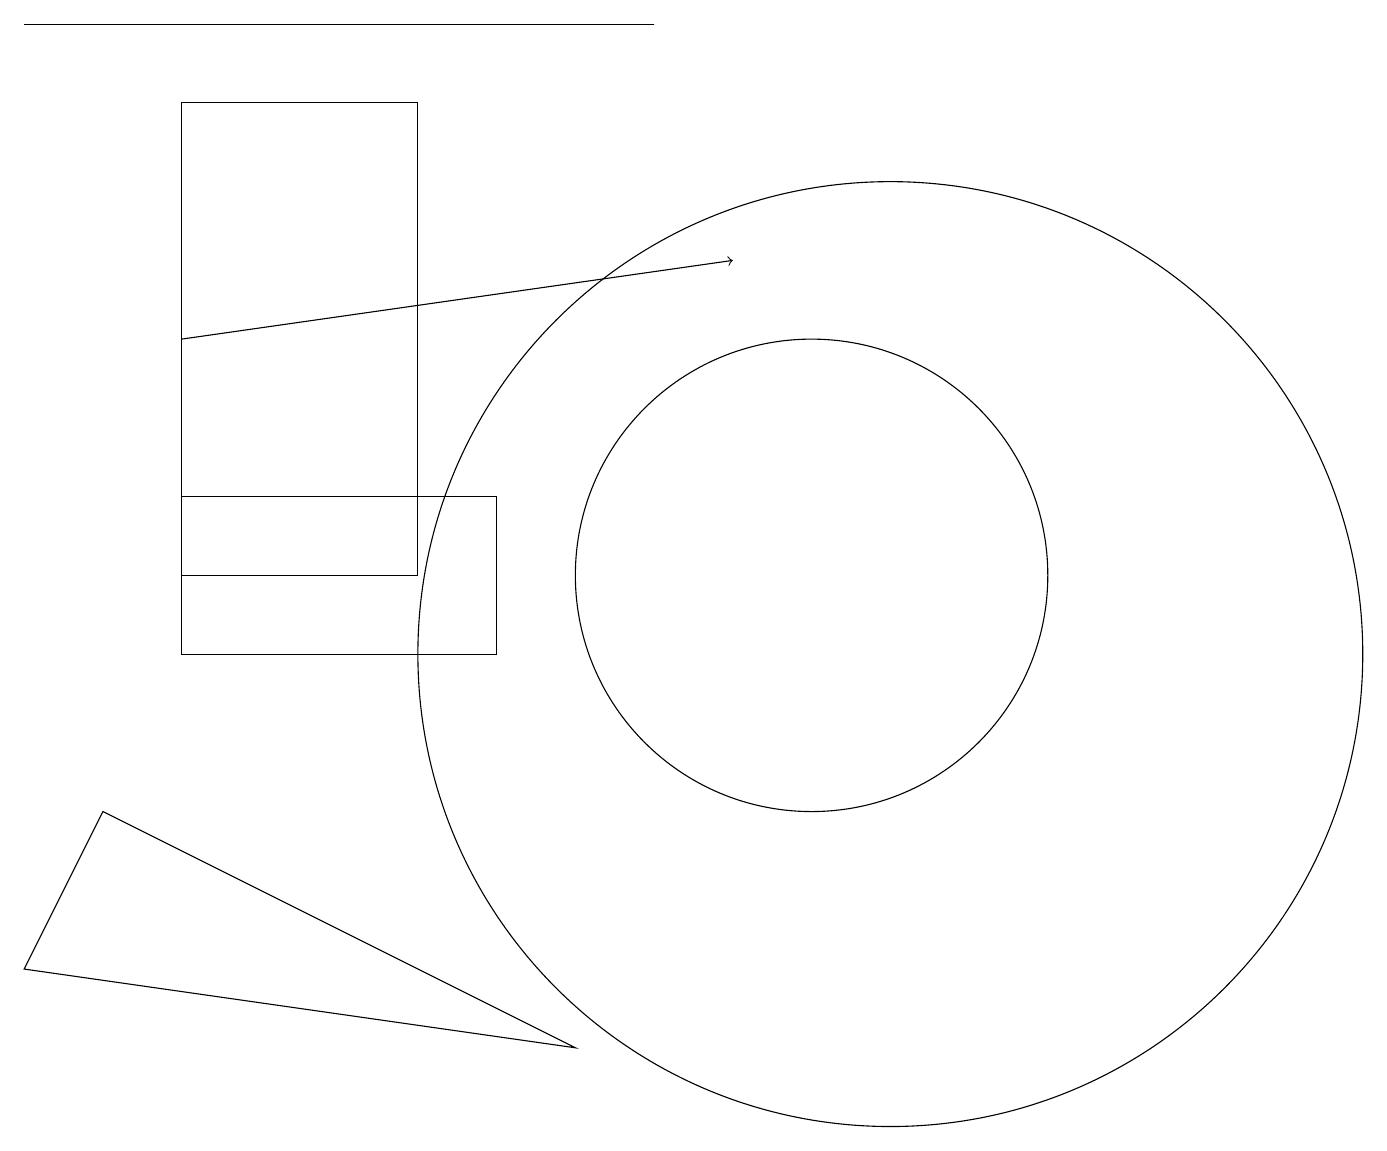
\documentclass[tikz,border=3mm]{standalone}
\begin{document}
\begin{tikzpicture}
\draw (10,11) circle (0);
\draw (10,11) circle (3);
\draw (11,10) circle (6);
\draw (5,11) rectangle (2,17);
\draw[->] (2,14) -- (9,15);
\draw (7,5) -- (0,6) -- (1,8) -- cycle;
\draw (0,18) rectangle (8,18);
\draw (2,10) rectangle (6,12);
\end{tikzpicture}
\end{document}